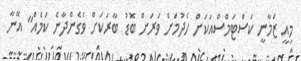
މިއީ ޒަމާނީ ކަސްޓަމްސްއަކަށް ހެދުމަށް ވަރަށް ބޮޑު ބާރަކަށް ވެގެންދާނެ ކަމެއް" އޭނާ